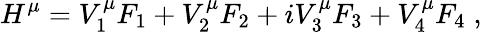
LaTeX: H^{\mu}=V_{1}^{\mu}F_{1}+V_{2}^{\mu}F_{2}+iV_{3}^{\mu}F_{3}+V_{4}^{\mu}F_{4}\; ,